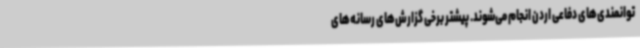
توانمندی‌های دفاعی اردن انجام می‌شوند. پیشتر برخی گزارش‌های رسانه‌های